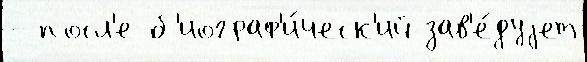
- посл'е б'иограф'и́ческ'ий зав'е́дуjет